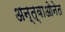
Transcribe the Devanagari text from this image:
अन्त्वाओनेत